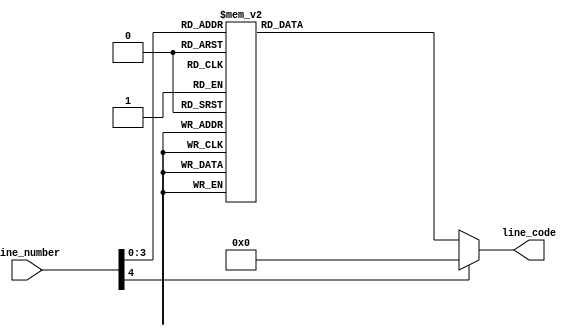
module mouse_painter(
    input [4:0] line_number,
    output  reg [7:0] line_code
    );

parameter [7:0] line00 = 8'h01;
parameter [7:0] line01 = 8'h03;
parameter [7:0] line02 = 8'h07;
parameter [7:0] line03 = 8'h0F;
parameter [7:0] line04 = 8'h1F;
parameter [7:0] line05 = 8'h3F;
parameter [7:0] line06 = 8'h7F;
parameter [7:0] line07 = 8'hFF;
parameter [7:0] line08 = 8'h07;
parameter [7:0] line09 = 8'h03;
parameter [7:0] line10 = 8'h01;

always @(*) begin
	case(line_number)
		4'b0000 : line_code = line00;
		4'b0001 : line_code = line01;
		4'b0010 : line_code = line02;
		4'b0011 : line_code = line03;
		4'b0100 : line_code = line04;
		4'b0101 : line_code = line05;
		4'b0110 : line_code = line06;
		4'b0111 : line_code = line07;
		4'b1000 : line_code = line08;
		4'b1001 : line_code = line09;
		4'b1010 : line_code = line10;
		default : line_code = 1'b0;
	endcase
end
endmodule